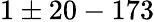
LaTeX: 1\pm 20-173